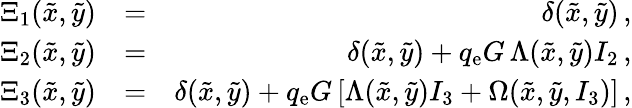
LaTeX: \begin{array}{rlr}{\Xi_{1}(\tilde{x},\tilde{y})}&{=}&{\delta(\tilde{x},\tilde{y})\, ,}\\ {\Xi_{2}(\tilde{x},\tilde{y})}&{=}&{\delta(\tilde{x},\tilde{y})+q_{\mathrm{e}}G\, \Lambda(\tilde{x},\tilde{y})I_{2}\, ,}\\ {\Xi_{3}(\tilde{x},\tilde{y})}&{=}&{\delta(\tilde{x},\tilde{y})+q_{\mathrm{e}}G\, [\Lambda(\tilde{x},\tilde{y})I_{3}+\Omega(\tilde{x},\tilde{y},I_{3})]\, ,}\end{array}